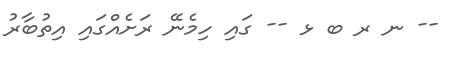
-- ނ ރ ބ ޅ -- ގައި ހިމެނޭ ރަށެއްގައި އިތުބާރު